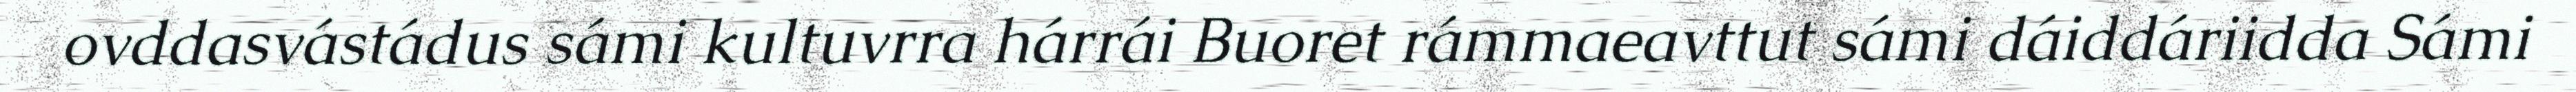
ovddasvástádus sámi kultuvrra hárrái Buoret rámmaeavttut sámi dáiddáriidda Sámi